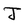
Character: J